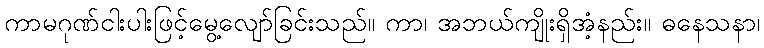
ကာမဂုဏ်ငါးပါးဖြင့်မွေ့လျော်ခြင်းသည်။ ကာ၊ အဘယ်ကျိုးရှိအံ့နည်း။ ဓနေသနာ၊